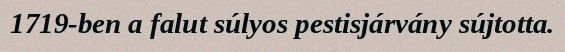
1719-ben a falut súlyos pestisjárvány sújtotta.